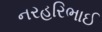
નરહરિભાઈ